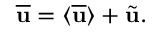
\overline { { \bf { u } } } = \langle { \overline { { \bf { u } } } } \rangle + \tilde { \bf { u } } .